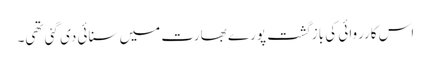
اس کارروائی کی بازگشت پورے بھارت میں سنائی دی گئی تھی۔